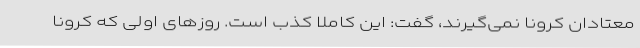
معتادان کرونا نمی‌گیرند، گفت: این کاملاً کذب است. روزهای اولی که کرونا